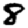
Digit: 8